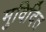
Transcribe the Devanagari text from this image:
मुविदित